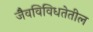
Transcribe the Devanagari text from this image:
जैवविविधतेतील